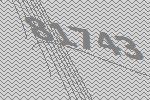
81743